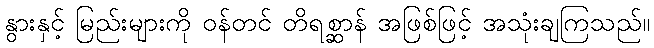
နွားနှင့် မြည်းများကို ဝန်တင် တိရစ္ဆာန် အဖြစ်ဖြင့် အသုံးချကြသည်။